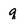
Character: q